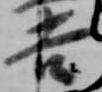
吉